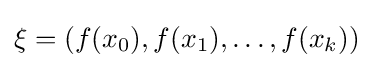
\xi =\left(f(x_{0}),f(x_{1}),\ldots ,f(x_{k})\right)